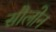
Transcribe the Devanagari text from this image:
सौलोन